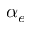
\alpha _ { e }